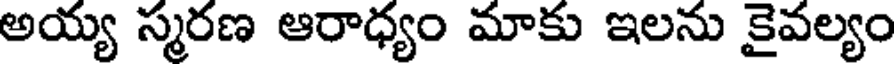
అయ్య స్మరణ ఆరాధ్యం మాకు ఇలను కైవల్యం